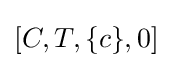
[C,T,\{c\},0]